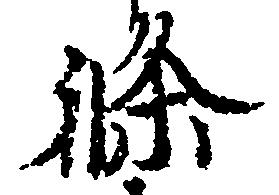
条